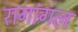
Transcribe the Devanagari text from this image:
रागांगल